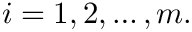
i = 1 , 2 , \dots , m .